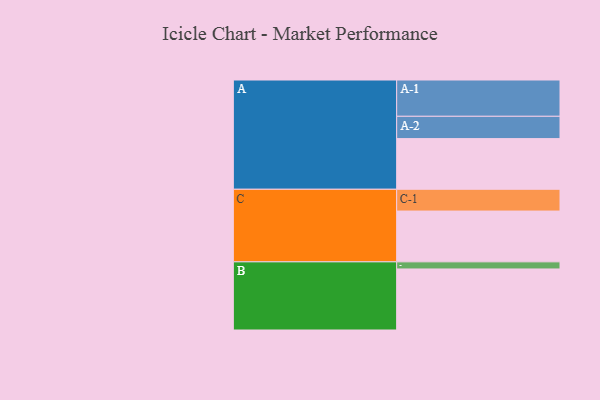
{"axis": {"x": "Segment", "y": "Value"}, "legend": ["", "A", "B", "C"], "data": [{"x": "A", "y": 356, "type": ""}, {"x": "B", "y": 429, "type": ""}, {"x": "C", "y": 357, "type": ""}, {"x": "A-1", "y": 255, "type": "A"}, {"x": "A-2", "y": 157, "type": "A"}, {"x": "B-1", "y": 50, "type": "B"}, {"x": "C-1", "y": 153, "type": "C"}]}